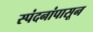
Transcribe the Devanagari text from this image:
स्पंदनांपासून